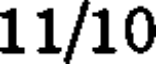
11/10